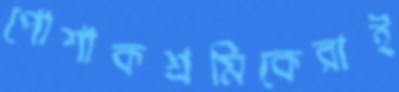
পোশাকশ্রমিকেরাই